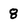
Character: 8